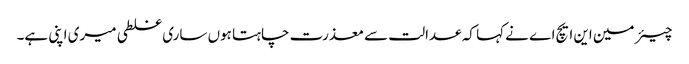
چیئر مین این ایچ اے نے کہا کہ عدالت سے معذرت چاہتا ہوں ساری غلطی میری اپنی ہے۔